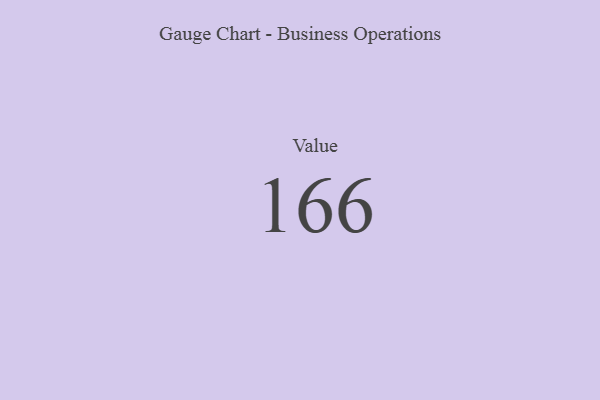
{"axis": {"x": "Metric", "y": "Value"}, "legend": [""], "data": [{"x": "Value", "y": 166, "type": ""}]}